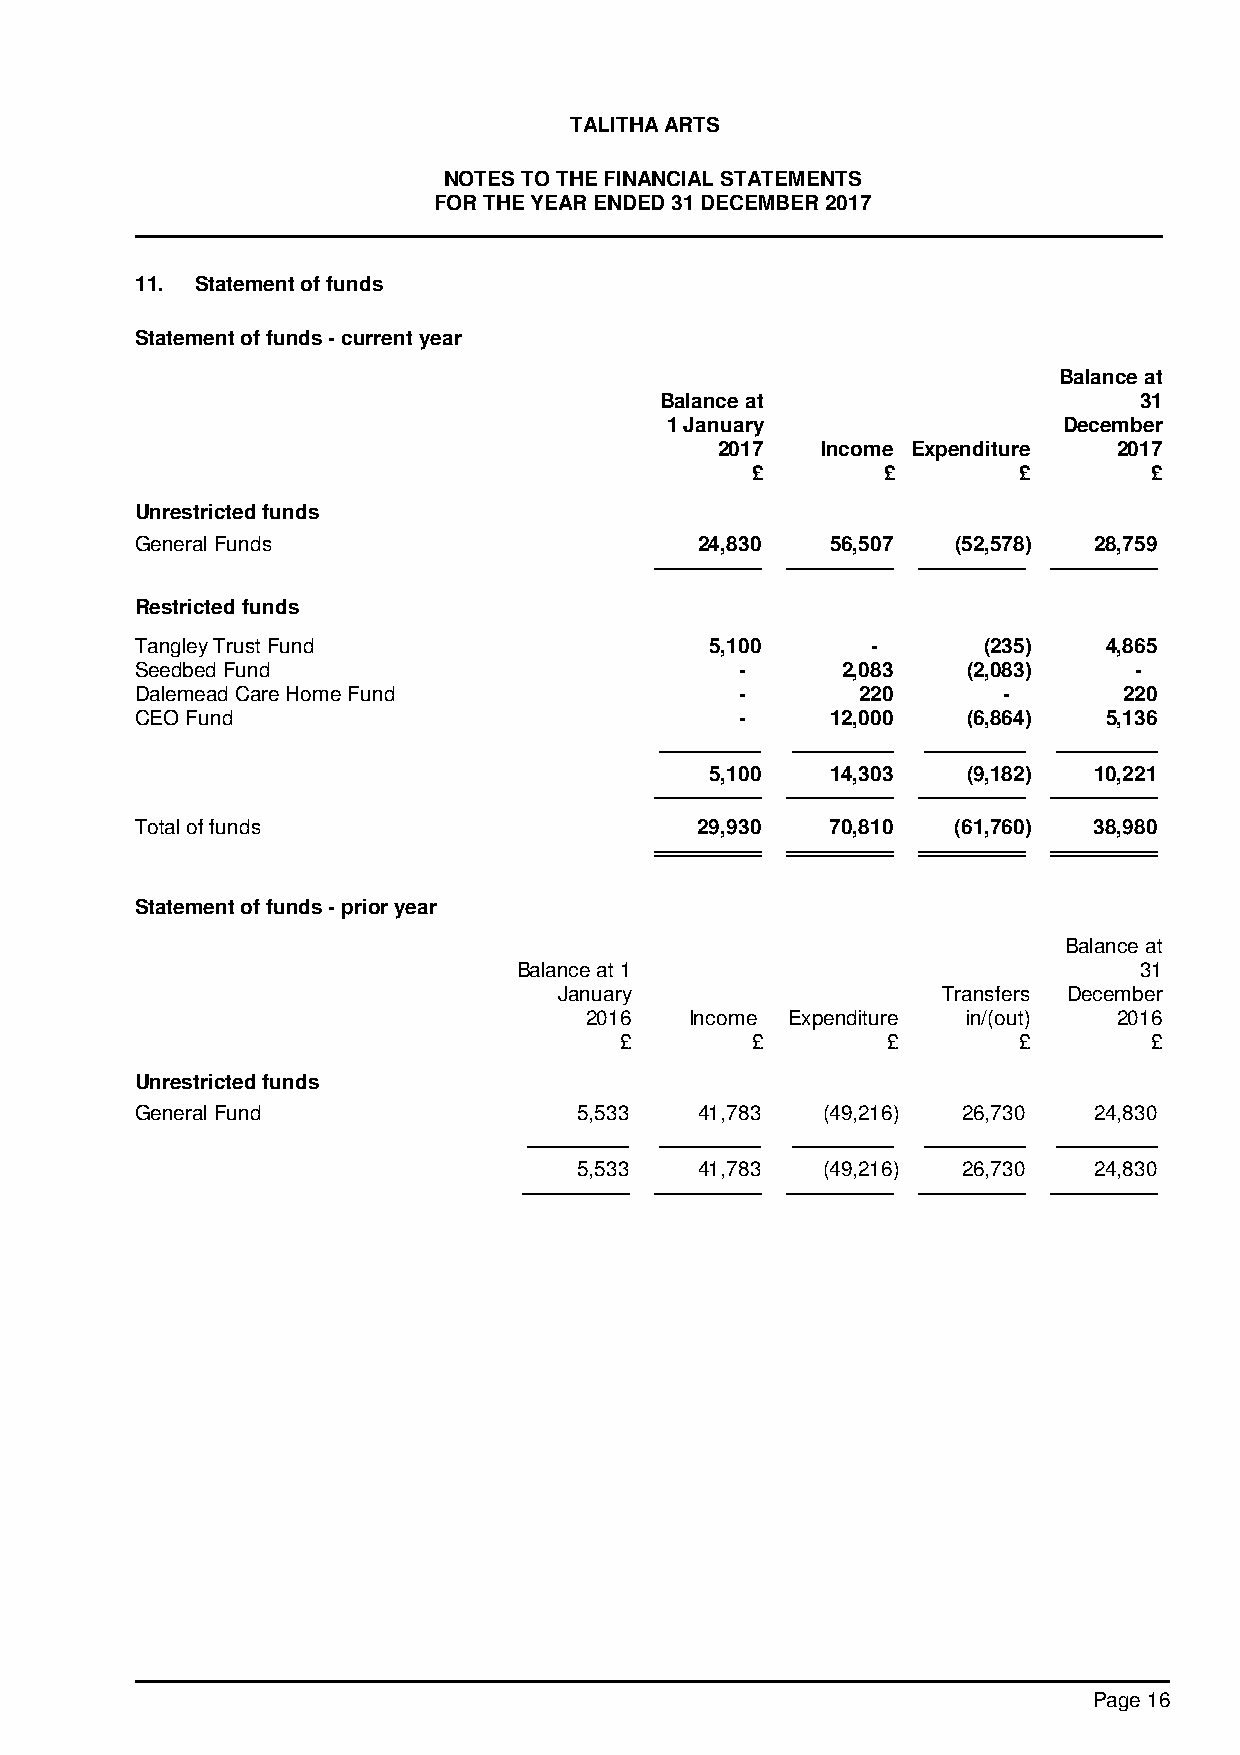
TALITHA ARTS
 NOTES TO THE FINANCIAL STATEMENTS
 FOR THE YEAR ENDED 31 DECEMBER 2017
 11. Statement of funds
 Statement of funds - current year
 Balance at
 Balance at                     31
 1 January                 December
 2017  Income Expenditure  2017
 £        £       £        £
 Unrestricted funds
 General Funds                        24,830   56,507  (52,578) 28,759
 Restricted funds
 Tangley Trust Fund                    5,100      -      (235)   4,865
 Seedbed Fund                            -      2,083   (2,083)    -
 Dalemead Care Home Fund                 -       220      -       220
 CEO Fund                                -     12,000   (6,864)  5,136
 5,100   14,303   (9,182) 10,221
 Total of funds                       29,930   70,810  (61,760) 38,980
 Statement of funds - prior year
 Balance at
 Balance at 1                             31
 January                  Transfers December
 2016   Income Expenditure in/(out) 2016
 £        £        £       £        £
 Unrestricted funds
 General Fund                 5,533   41,783  (49,216)  26,730  24,830
 5,533   41,783  (49,216)  26,730  24,830
 Page 16